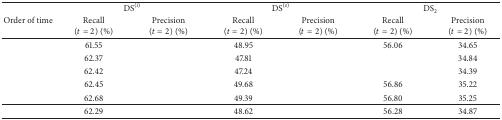
<table><thead><tr><td rowspan="2"><b>Order of time</b></td><td colspan="2"><b>DS<sup>(<i>i</i>)</sup></b></td><td colspan="2"><b>DS<sup>(<i>s</i>)</sup></b></td><td colspan="2"><b>DS<sub>2</sub></b></td></tr><tr><td><b>Recall (<i>t</i> = 2) (%)</b></td><td><b>Precision (<i>t</i> = 2) (%)</b></td><td><b>Recall (<i>t</i> = 2) (%)</b></td><td><b>Precision (<i>t</i> = 2) (%)</b></td><td><b>Recall (<i>t</i> = 2) (%)</b></td><td><b>Precision (<i>t</i> = 2) (%)</b></td></tr></thead><tbody><tr><td>[EMPTY_CELL]</td><td>61.55</td><td>[EMPTY_CELL]</td><td>48.95</td><td>[EMPTY_CELL]</td><td>56.06</td><td>34.65</td></tr><tr><td>[EMPTY_CELL]</td><td>62.37</td><td>[EMPTY_CELL]</td><td>47.81</td><td>[EMPTY_CELL]</td><td>[EMPTY_CELL]</td><td>34.84</td></tr><tr><td>[EMPTY_CELL]</td><td>62.42</td><td>[EMPTY_CELL]</td><td>47.24</td><td>[EMPTY_CELL]</td><td>[EMPTY_CELL]</td><td>34.39</td></tr><tr><td>[EMPTY_CELL]</td><td>62.45</td><td>[EMPTY_CELL]</td><td>49.68</td><td>[EMPTY_CELL]</td><td>56.86</td><td>35.22</td></tr><tr><td>[EMPTY_CELL]</td><td>62.68</td><td>[EMPTY_CELL]</td><td>49.39</td><td>[EMPTY_CELL]</td><td>56.80</td><td>35.25</td></tr><tr><td>[EMPTY_CELL]</td><td>62.29</td><td>[EMPTY_CELL]</td><td>48.62</td><td>[EMPTY_CELL]</td><td>56.28</td><td>34.87</td></tr></tbody></table>